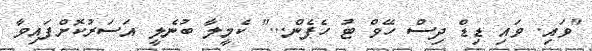
"ވައި. ވައި ޑިޑް ދިސް ހޭވް ޓު ހެޕެން..." ކެމީލާ ބުނެލީ އަސަރުކޮށްފައިވާ